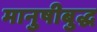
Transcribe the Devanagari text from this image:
मानुषीबुद्ध